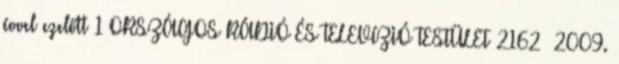
évvel ezelőtt 1 ORSZÁGOS RÁDIÓ ÉS TELEVÍZIÓ TESTÜLET 2162 2009.